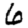
Digit: 6